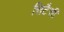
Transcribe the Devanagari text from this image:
सिटैसी